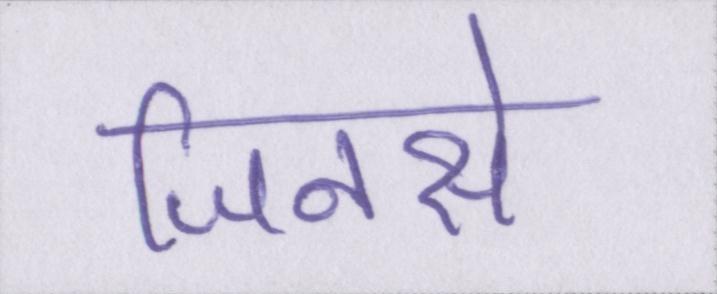
जिनसे